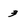
Character: 3